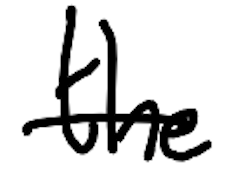
Text: the
Cross-out: single-line
Writing tool: digital_black